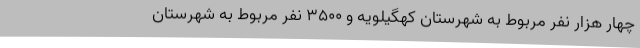
چهار هزار نفر مربوط به شهرستان کهگیلویه و 3500 نفر مربوط به شهرستان